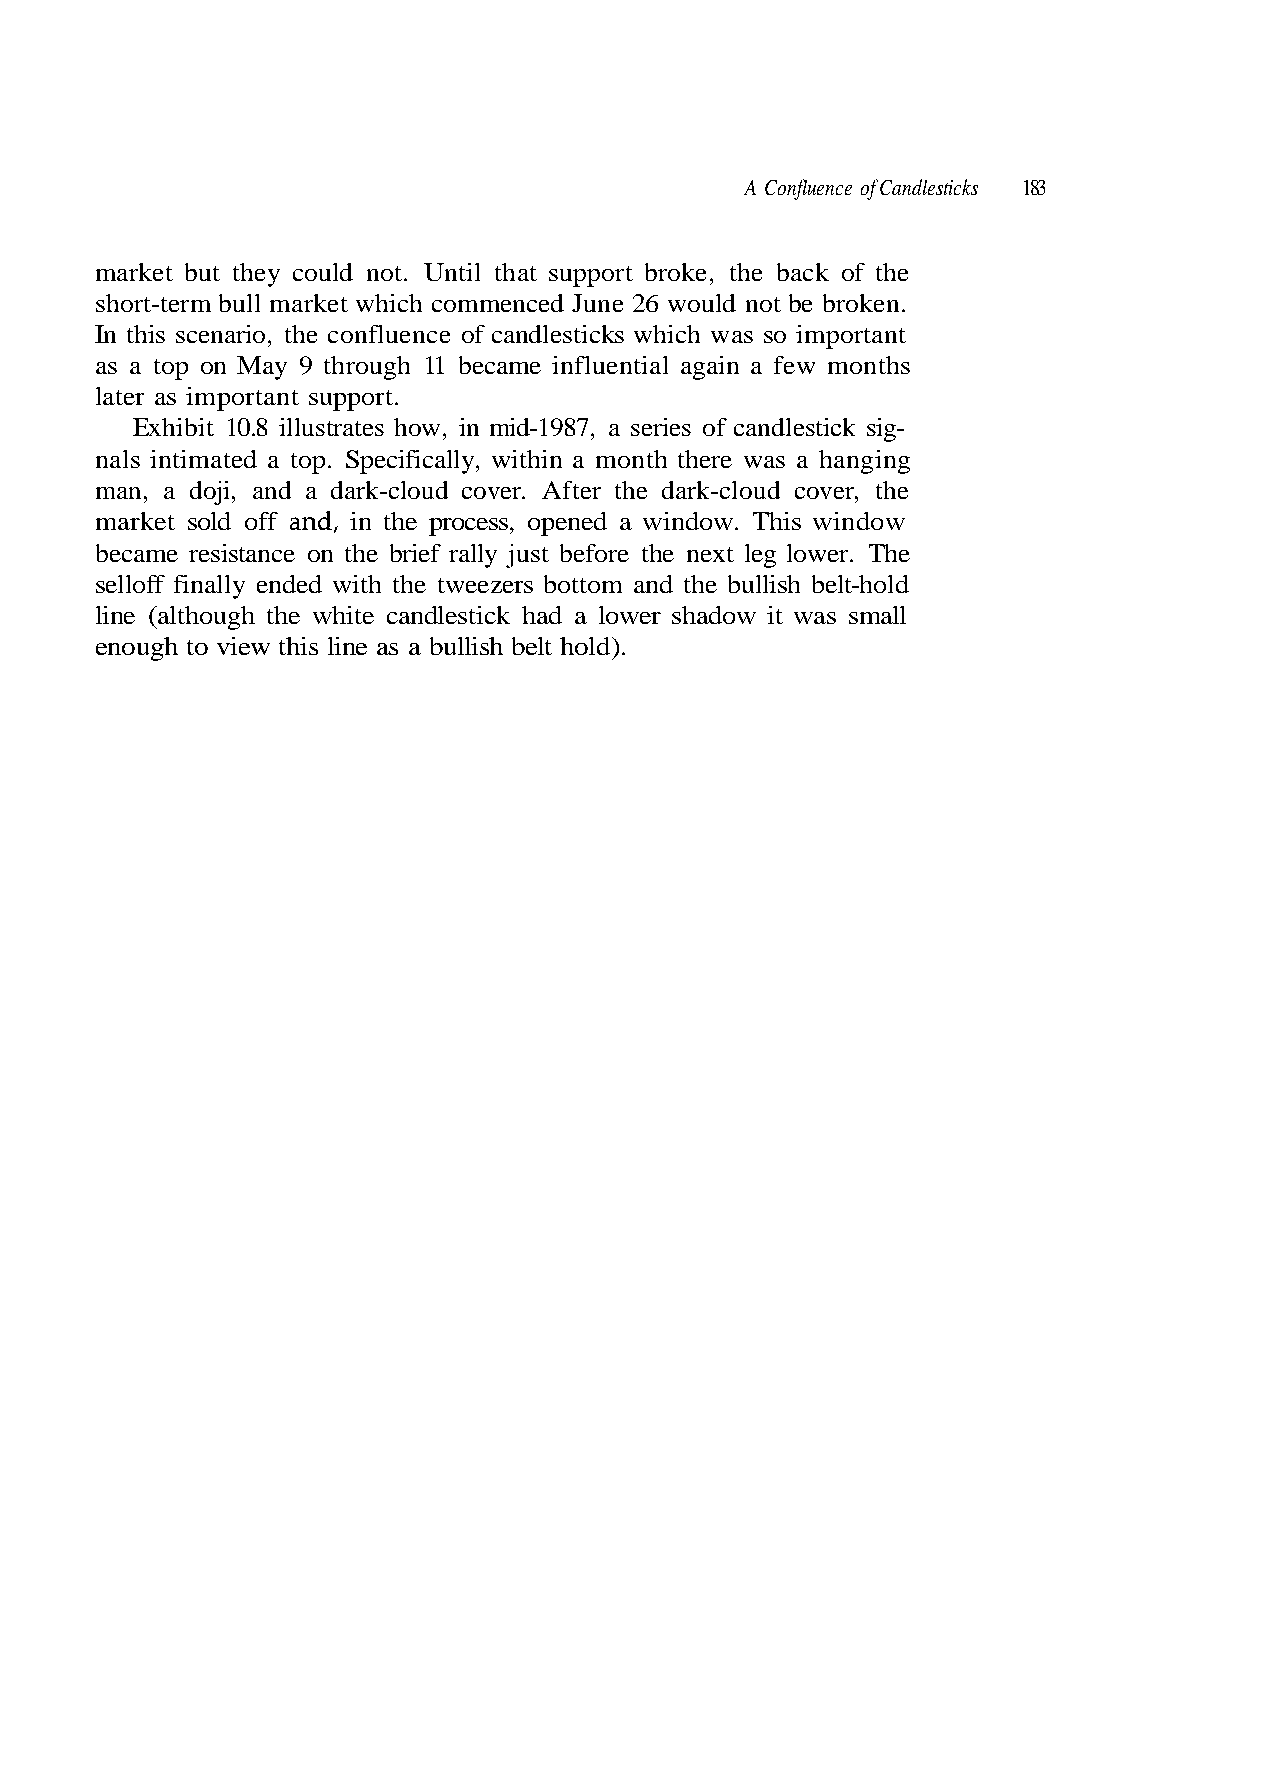
A Confluence of Candlesticks 183
 as a top on May 9 through 11 became influential again a few months
 later as important support.
 Exhibit 10.8 illustrates how, in mid-1987, a series of candlestick sig-
 man, a doji, and a dark-cloud cover. After the dark-cloud cover, the
 and,
 selloff finally ended with the tweezers bottom and the bullish belt-hold
 l l a m s s a w
 w
 g
 o
 it
 n
 d
 i
 w
 g
 n
 n
 i
 o
 a
 w
 d
 h
 a
 a
 s
 h
 i
 s
 s
 h
 wa
 T
 r e
 e
 .
 w
 w
 r
 o
 e h
 o
 l
 t
 d
 h
 n
 a
 nt
 wi
 e
 d
 o
 Th
 a
 m
 a
 r.
 h
 a
 we
 k
 market but they could not. Until that support broke, the back of the
 short-term bull market which commenced June 26 would not be broken.
 In this scenario, the confluence of candlesticks which was so important
 nals intimated a top. Specifically, within
 market sold off in the process, opened
 became resistance on the brief rally just before the next leg lo
 line (although the white candlestic
 enough to view this line as a bullish belt hold).